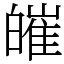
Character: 皠